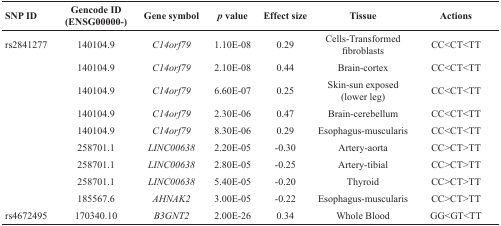
<table><thead><tr><td><b>SNP ID</b></td><td><b>Gencode ID(ENSG00000-)</b></td><td><b>Gene symbol</b></td><td><b><i>p</i> value</b></td><td><b>Effect size</b></td><td><b>Tissue</b></td><td><b>Actions</b></td></tr></thead><tbody><tr><td>rs2841277</td><td>140104.9</td><td><i>C14orf79</i></td><td>1.10E-08</td><td>0.29</td><td>Cells-Transformed fibroblasts</td><td>CC&lt;CT&lt;TT</td></tr><tr><td></td><td>140104.9</td><td><i>C14orf79</i></td><td>2.10E-08</td><td>0.44</td><td>Brain-cortex</td><td>CC&lt;CT&lt;TT</td></tr><tr><td></td><td>140104.9</td><td><i>C14orf79</i></td><td>6.60E-07</td><td>0.25</td><td>Skin-sun exposed (lower leg)</td><td>CC&lt;CT&lt;TT</td></tr><tr><td></td><td>140104.9</td><td><i>C14orf79</i></td><td>2.30E-06</td><td>0.47</td><td>Brain-cerebellum</td><td>CC&lt;CT&lt;TT</td></tr><tr><td></td><td>140104.9</td><td><i>C14orf79</i></td><td>8.30E-06</td><td>0.29</td><td>Esophagus-muscularis</td><td>CC&lt;CT&lt;TT</td></tr><tr><td></td><td>258701.1</td><td><i>LINC00638</i></td><td>2.20E-05</td><td>−0.30</td><td>Artery-aorta</td><td>CC&gt;CT&gt;TT</td></tr><tr><td></td><td>258701.1</td><td><i>LINC00638</i></td><td>2.80E-05</td><td>−0.25</td><td>Artery-tibial</td><td>CC&gt;CT&gt;TT</td></tr><tr><td></td><td>258701.1</td><td><i>LINC00638</i></td><td>5.40E-05</td><td>−0.20</td><td>Thyroid</td><td>CC&gt;CT&gt;TT</td></tr><tr><td></td><td>185567.6</td><td><i>AHNAK2</i></td><td>3.00E-05</td><td>−0.22</td><td>Esophagus-muscularis</td><td>CC&gt;CT&gt;TT</td></tr><tr><td>rs4672495</td><td>170340.10</td><td><i>B3GNT2</i></td><td>2.00E-26</td><td>0.34</td><td>Whole Blood</td><td>GG&lt;GT&lt;TT</td></tr></tbody></table>